Vaccination in Bombay 1874-1876 - 1874-1876
Year: 1874
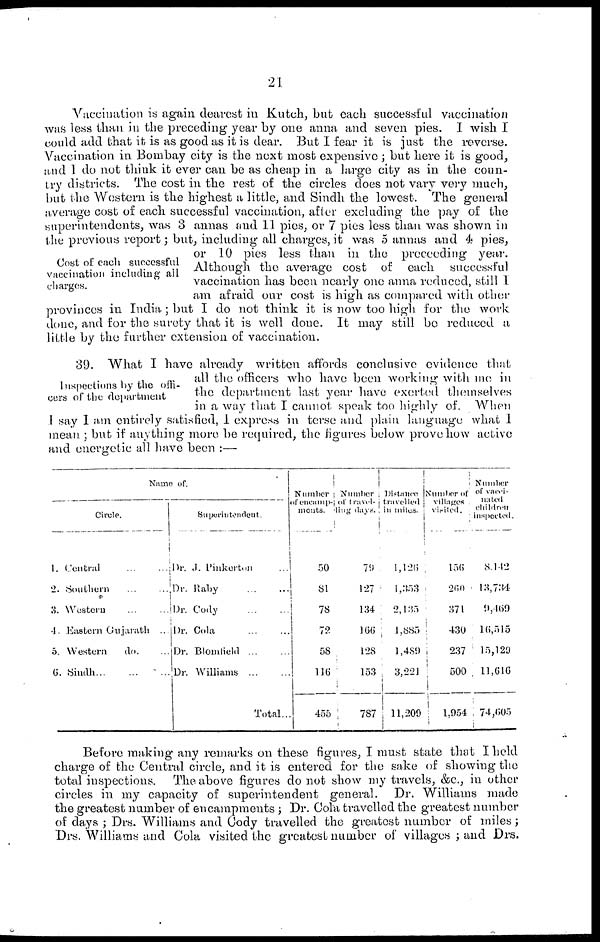
21
Cost of each successful
vaccination including all
charges.
Vaccination is again dearest in Kutch, but each successful vaccination
was less than in the preceding year by one anna and seven pies. I wish I
could add that it is as good as it is dear. But I fear it is just the reverse.
Vaccination in Bombay city is the next most expensive; but here it is good,
and I do not think it ever can be as cheap in a large city as in the coun-
try districts. The cost in the rest of the circles does not vary very much,
but the Western is the highest a little, and Sindh the lowest. The general
average cost of each successful vaccination, after excluding the pay of the
superintendents, was 3 annas and 11 pies, or 7 pies less than was shown in
the previous report; but, including all charges, it was 5 annas and 4 pies,
or 10 pies less than in the proceeding year.
Although the average cost of each successful
vaccination has been nearly one anna reduced, still I
am afraid our cost is high as compared with other
provinces in India; but I do not think it is now too high for the work
done, and for the surety that it is well done. It may still be reduced a
little by the further extension of vaccination.
Inspections by the offi-
cers of the department
39. What I have already written affords conclusive evidence that
all the officers who have been working with me in
the department last year have exerted themselves
in a way that I cannot speak too highly of. When
I say I am entirely satisfied, I express in terse and plain language what 1
mean ; but if anything more be required, the figures below prove how active
and energetic all have been :—
Name of.
Circle.
1.
2.
3.
4.
5.
6.
Central
...
...
Southern
...
...
Western
...
...
Eastern Gujarath ...
Western
do. ...
Sindh
...
...
...
Superintendent.
Dr. J. Pinkerton ...
Dr. Raby
...
...
Dr. Cody
...
...
Dr. Cola
...
...
Dr. Blomfield
...
...
Dr. Williams ... ...
Total...
Number
of encamp-
ments.
50
81
78
72
58
116
455
Number
of travel-
ling days.
79
127
134
166
128
153
787
Distance
travelled
in miles.
1,126
1,353
2,135
1,885
l,489
3,221
11,209
Number of
villages
visited.
156
260
371
430
237
500
1,954
Number
of vacci-
nated
children
inspected.
8,142
13,734
9,469
16,515
15,129
11,616
74,605
Before making any remarks on these figures, I must state that I held
charge of the Central circle, and it is entered for the sake of showing the
total inspections. The above figures do not show my travels, &c., in other
circles in my capacity of superintendent general. Dr. Williams made
the greatest number of encampments ; Dr. Cola travelled the greatest number
of days ; Drs. Williams and Cody travelled the greatest number of miles;
Drs. Williams and Cola visited the greatest number of villages ; and Drs.